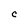
Character: C